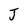
Character: J